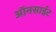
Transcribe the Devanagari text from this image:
ऑनसाईट